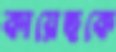
কায়েছকে